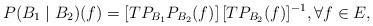
\begin{align*}P(B_1\mid B_2)(f)=\left[TP_{B_1}P_{B_2} (f)\right][TP_{B_2}(f)]^{-1}, \forall f\in E,\end{align*}